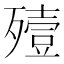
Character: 殪